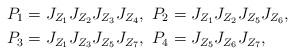
LaTeX: \begin{align*}&P_{1}=J_{Z_1}J_{Z_2}J_{Z_3}J_{Z_4},~P_{2}=J_{Z_1}J_{Z_2}J_{Z_5}J_{Z_6},\\&P_{3}=J_{Z_1}J_{Z_3}J_{Z_5}J_{Z_7},~P_{4}=J_{Z_5}J_{Z_6}J_{Z_7},\end{align*}